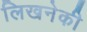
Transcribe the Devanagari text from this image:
लिखनेकी